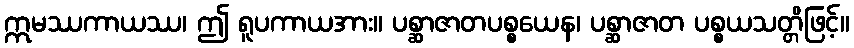
ဣမဿကာယဿ၊ ဤ ရူပကာယအား။ ပစ္ဆာဇာတပစ္စယေန၊ ပစ္ဆာဇာတ ပစ္စယသတ္တိဖြင့်။